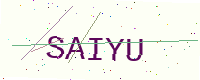
Text: SAIYU